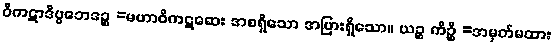
ဝိကဋာဒိပ္ပဘေဒဉ္စ =မဟာဝိကဋဆေး အစရှိသော အပြားရှိသော။ ယဉ္စ ကိဉ္စိ =အမှတ်မထား